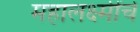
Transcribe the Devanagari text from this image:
महालक्ष्मींचे